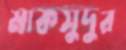
মাকসুদুর